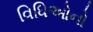
વિધિઓનો